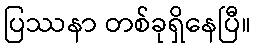
ပြဿနာ တစ်ခုရှိနေပြီ။